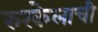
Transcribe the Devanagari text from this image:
रुरकेलाची